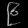
Digit: ၉